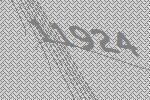
11924